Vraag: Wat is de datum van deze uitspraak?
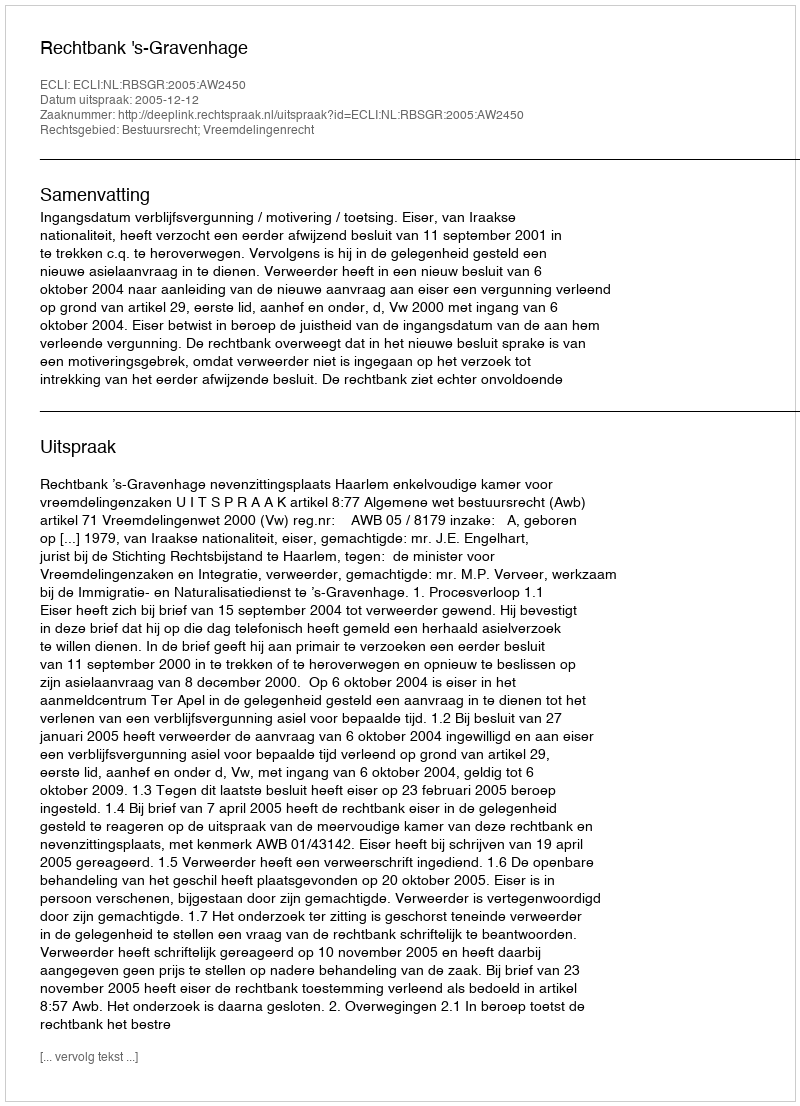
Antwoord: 2005-12-12